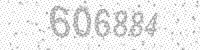
Solution: 606884